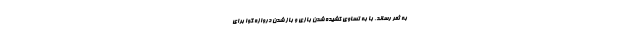
به ثمر رساند. با به تساوی کشیده شدن بازی و باز شدن دروازه گوا برای